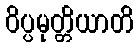
ဝိပ္ပမုတ္တိယာတိ